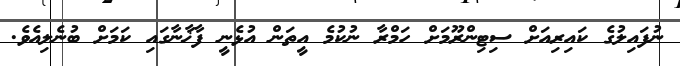
ނުފައިލުގެ ކައިރިއަށް ސިޓިންރޫމަށް ހަމްރާ ނުކުމެ އީތަން އުޅެނީ ފާޚާނާގައި ކަމަށް ބުނެލިއެވެ.